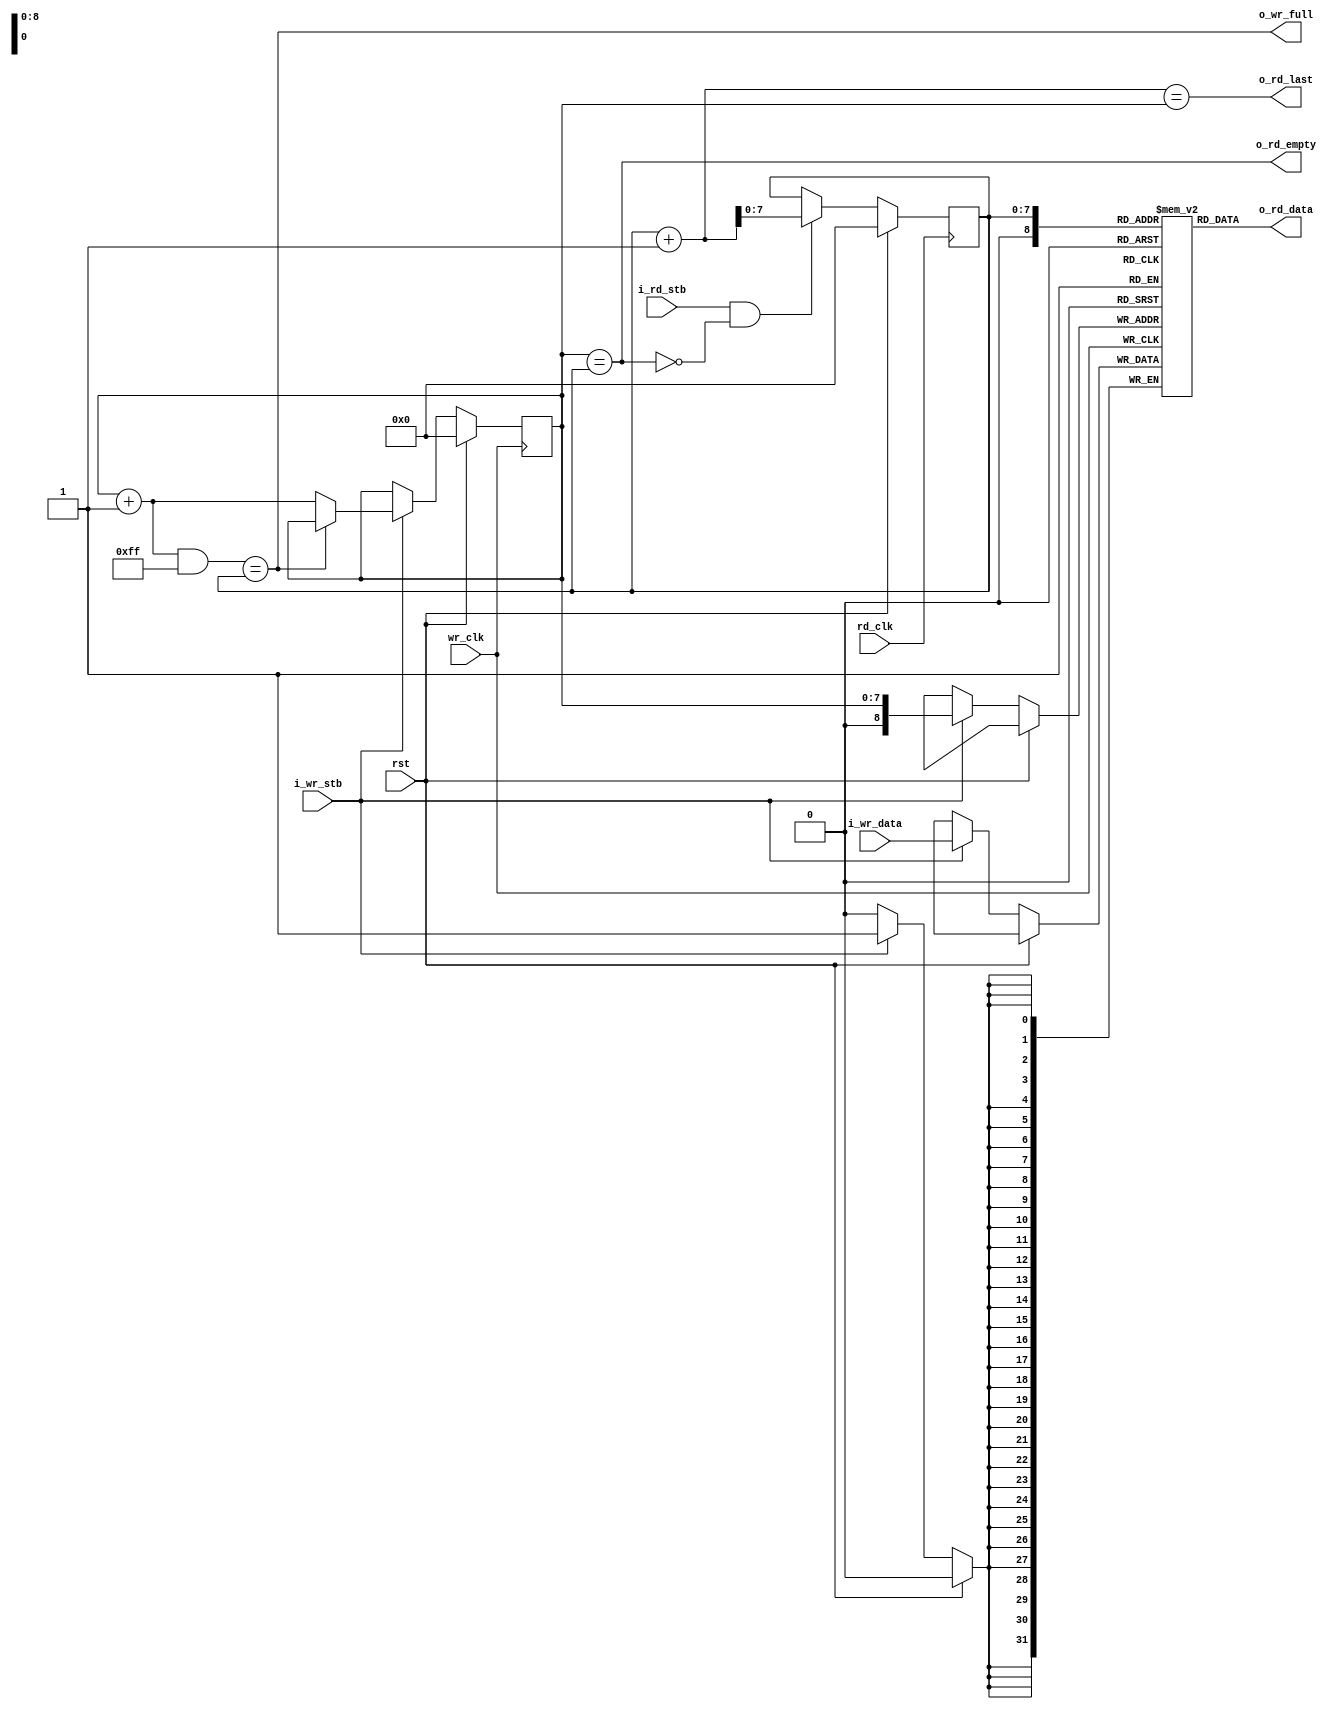
module sync_fifo_4 #(
  parameter MEM_DEPTH   = 8,
  parameter DATA_WIDTH  = 32
)(
  input                           wr_clk,
  input                           rd_clk,
  input                           rst,
  output                          o_wr_full,
  output                          o_rd_empty,
  input       [DATA_WIDTH - 1: 0] i_wr_data,
  input                           i_wr_stb,
  input                           i_rd_stb,
  output                          o_rd_last,
  output      [DATA_WIDTH - 1: 0] o_rd_data
);
localparam  MEM_SIZE = (2 ** (MEM_DEPTH));
reg [DATA_WIDTH - 1: 0] mem[0:MEM_SIZE];
reg [MEM_DEPTH - 1: 0]      r_in_pointer;
reg [MEM_DEPTH - 1: 0]      r_out_pointer;
wire                        w_o_rd_empty;
wire  [MEM_DEPTH - 1: 0]    w_next_wr_addr;
assign  w_next_wr_addr  = (r_in_pointer + 1) & (MEM_SIZE - 1);
assign  o_rd_empty = (r_in_pointer == r_out_pointer);
assign  o_rd_last  = ((r_out_pointer + 1) == r_in_pointer);
assign  o_wr_full  = (w_next_wr_addr == r_out_pointer);
assign  o_rd_data  = mem[r_out_pointer];
always @ (posedge wr_clk) begin
  if (rst) begin
    r_in_pointer  <=  0;
  end
  else begin
    if (i_wr_stb) begin
      mem[r_in_pointer] <=  i_wr_data;
      if (!o_wr_full) begin
        r_in_pointer      <=  r_in_pointer + 1;
      end
    end
  end
end
always @ (posedge rd_clk) begin
  if (rst) begin
    r_out_pointer <=  0;
  end
  else begin
    if(i_rd_stb && !o_rd_empty) begin
      r_out_pointer     <=  r_out_pointer + 1;
    end
  end
end
endmodule